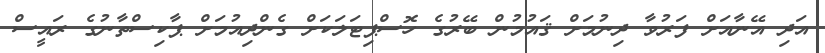
އަދި އޭނާއަށް ފަރުވާ ދިނުމަށް ޤައުމުން ބޭރުގެ ހޮސްޕިޓަލަކަށް ގެންދިއުމަށް ޕާކިސްތާނުގެ ރައީސް